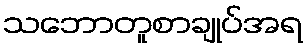
သဘောတူစာချုပ်အရ